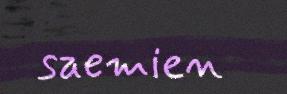
saemien